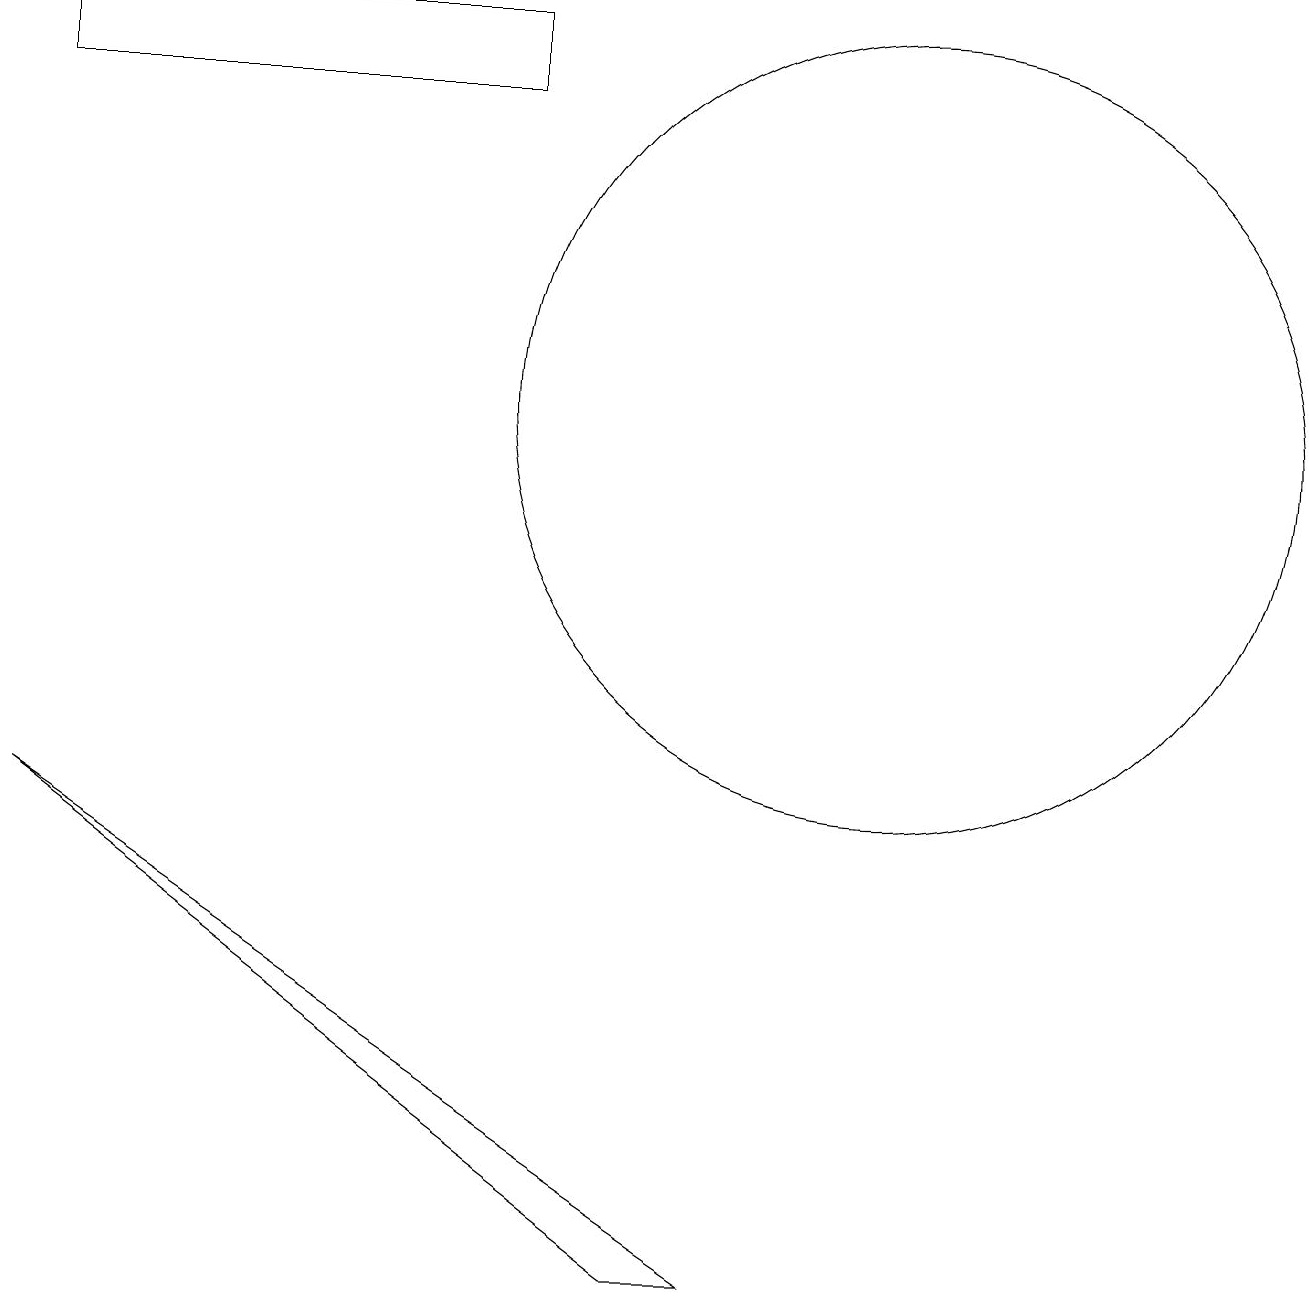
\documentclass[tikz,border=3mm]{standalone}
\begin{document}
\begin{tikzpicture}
\draw (9,0) -- (8,0) -- (0,6) -- cycle;
\draw (6,15) rectangle (0,16);
\draw (11,11) circle (5);
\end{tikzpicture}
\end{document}